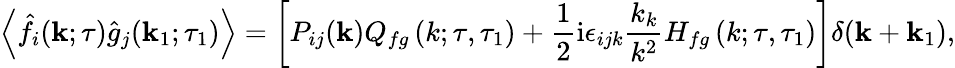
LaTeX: \left\langle\hat{f}_{i}(\mathbf{k};\tau)\hat{g}_{j}(\mathbf{k}_{1};\tau_{1})\right\rangle=\left[P_{ij}(\mathbf{k})Q_{fg}\left(k;\tau,\tau_{1}\right)+\frac{1}{2}\mathrm{i}\epsilon_{ijk}\frac{k_{k}}{k^{2}}H_{fg}\left(k;\tau,\tau_{1}\right)\right]\delta(\mathbf{k}+\mathbf{k}_{1}),